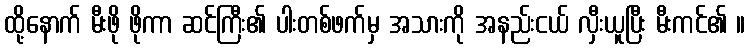
ထို့နောက် မီးဖို ဖိုကာ ဆင်ကြီး၏ ပါးတစ်ဖက်မှ အသားကို အနည်းငယ် လှီးယူပြီး မီးကင်၏ ။